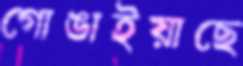
গোঙাইয়াছে